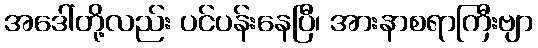
အဒေါ်တို့လည်း ပင်ပန်းနေပြီ၊ အားနာစရာကြီးဗျာ